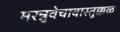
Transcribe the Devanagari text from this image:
मरन्नुवेचावास्तुक्कळ